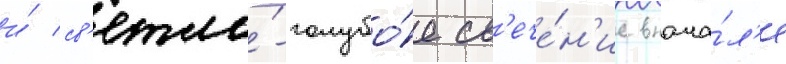
и́ св'етло́-голубо́е св'ече́н'ие внача́л'е